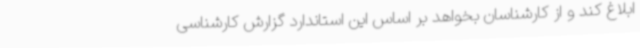
ابلاغ کند و از کارشناسان بخواهد بر اساس این استاندارد گزارش کارشناسی